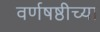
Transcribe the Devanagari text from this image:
वर्णषष्ठीच्या